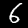
Label: 6